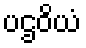
ပဌဝိယံ